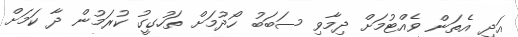
އަދި އެތަން ވެއްޓުމަށް ދިމާވި ސަބަބު ހޯދުމަށް ތަހުގީގު ކުރަމުން ދާ ކަމަށް